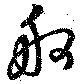
舸